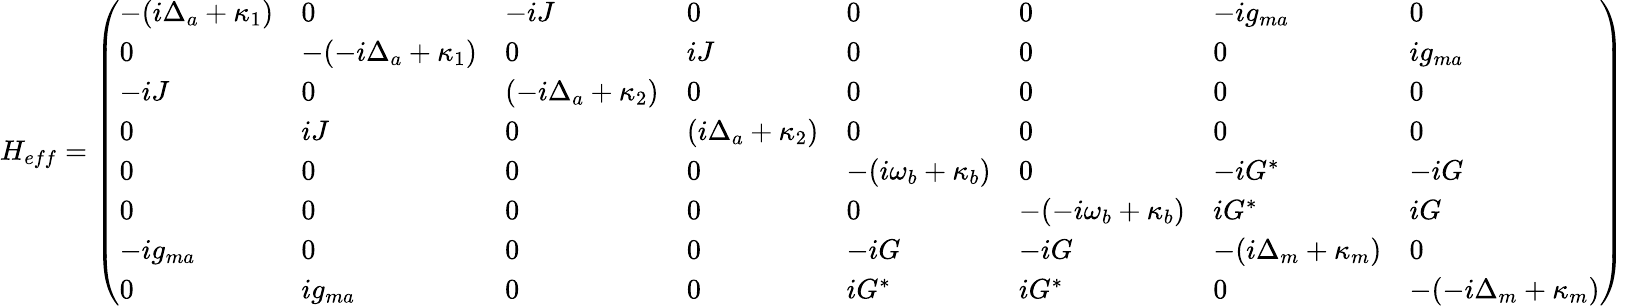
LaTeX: H_{eff}=\left(\begin{array}{llllllll}{-(i\Delta_{a}+\kappa_{1})}&{0}&{-iJ}&{0}&{0}&{0}&{-ig_{ma}}&{0}\\ {0}&{-(-i\Delta_{a}+\kappa_{1})}&{0}&{iJ}&{0}&{0}&{0}&{ig_{ma}}\\ {-iJ}&{0}&{(-i\Delta_{a}+\kappa_{2})}&{0}&{0}&{0}&{0}&{0}\\ {0}&{iJ}&{0}&{(i\Delta_{a}+\kappa_{2})}&{0}&{0}&{0}&{0}\\ {0}&{0}&{0}&{0}&{-(i\omega_{b}+\kappa_{b})}&{0}&{-iG^{*}}&{-iG}\\ {0}&{0}&{0}&{0}&{0}&{-(-i\omega_{b}+\kappa_{b})}&{iG^{*}}&{iG}\\ {-ig_{ma}}&{0}&{0}&{0}&{-iG}&{-iG}&{-(i\Delta_{m}+\kappa_{m})}&{0}\\ {0}&{ig_{ma}}&{0}&{0}&{iG^{*}}&{iG^{*}}&{0}&{-(-i\Delta_{m}+\kappa_{m})}\end{array}\right)